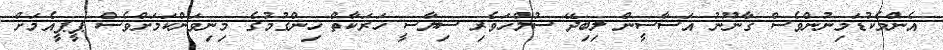
އެންމެކުޑަމިނުންވެސް ޤާނޫނު އަސާސީން ލިބިދޭ ސުލްހަވެރި ސިޔާސީ ހަރަކާތް ހިންގުމުގެ މިނިވަންކަމަށްވެސް ޕީޕީއެމަށް